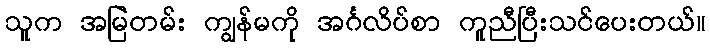
သူက အမြဲတမ်း ကျွန်မကို အင်္ဂလိပ်စာ ကူညီပြီးသင်ပေးတယ်။